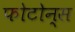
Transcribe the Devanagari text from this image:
फोटोन्स